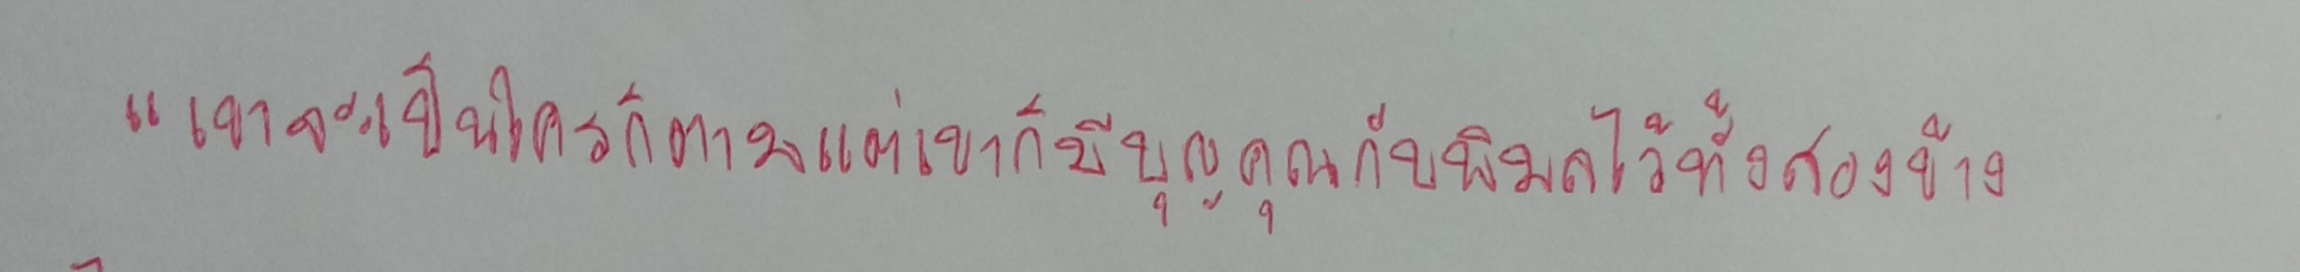
"เขาจะเป็นใครก็ตามแต่เขาก็มีบุญคุณกับพิมลไว้ทั้งสองข้าง